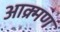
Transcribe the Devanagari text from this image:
आक्र्मण